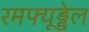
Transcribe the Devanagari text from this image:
रमफ्यूड्डेल